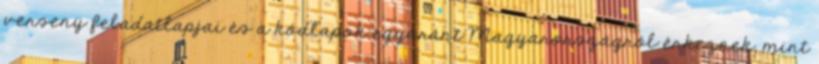
verseny feladatlapjai és a kódlapok egyaránt Magyarországról érkeznek, mint